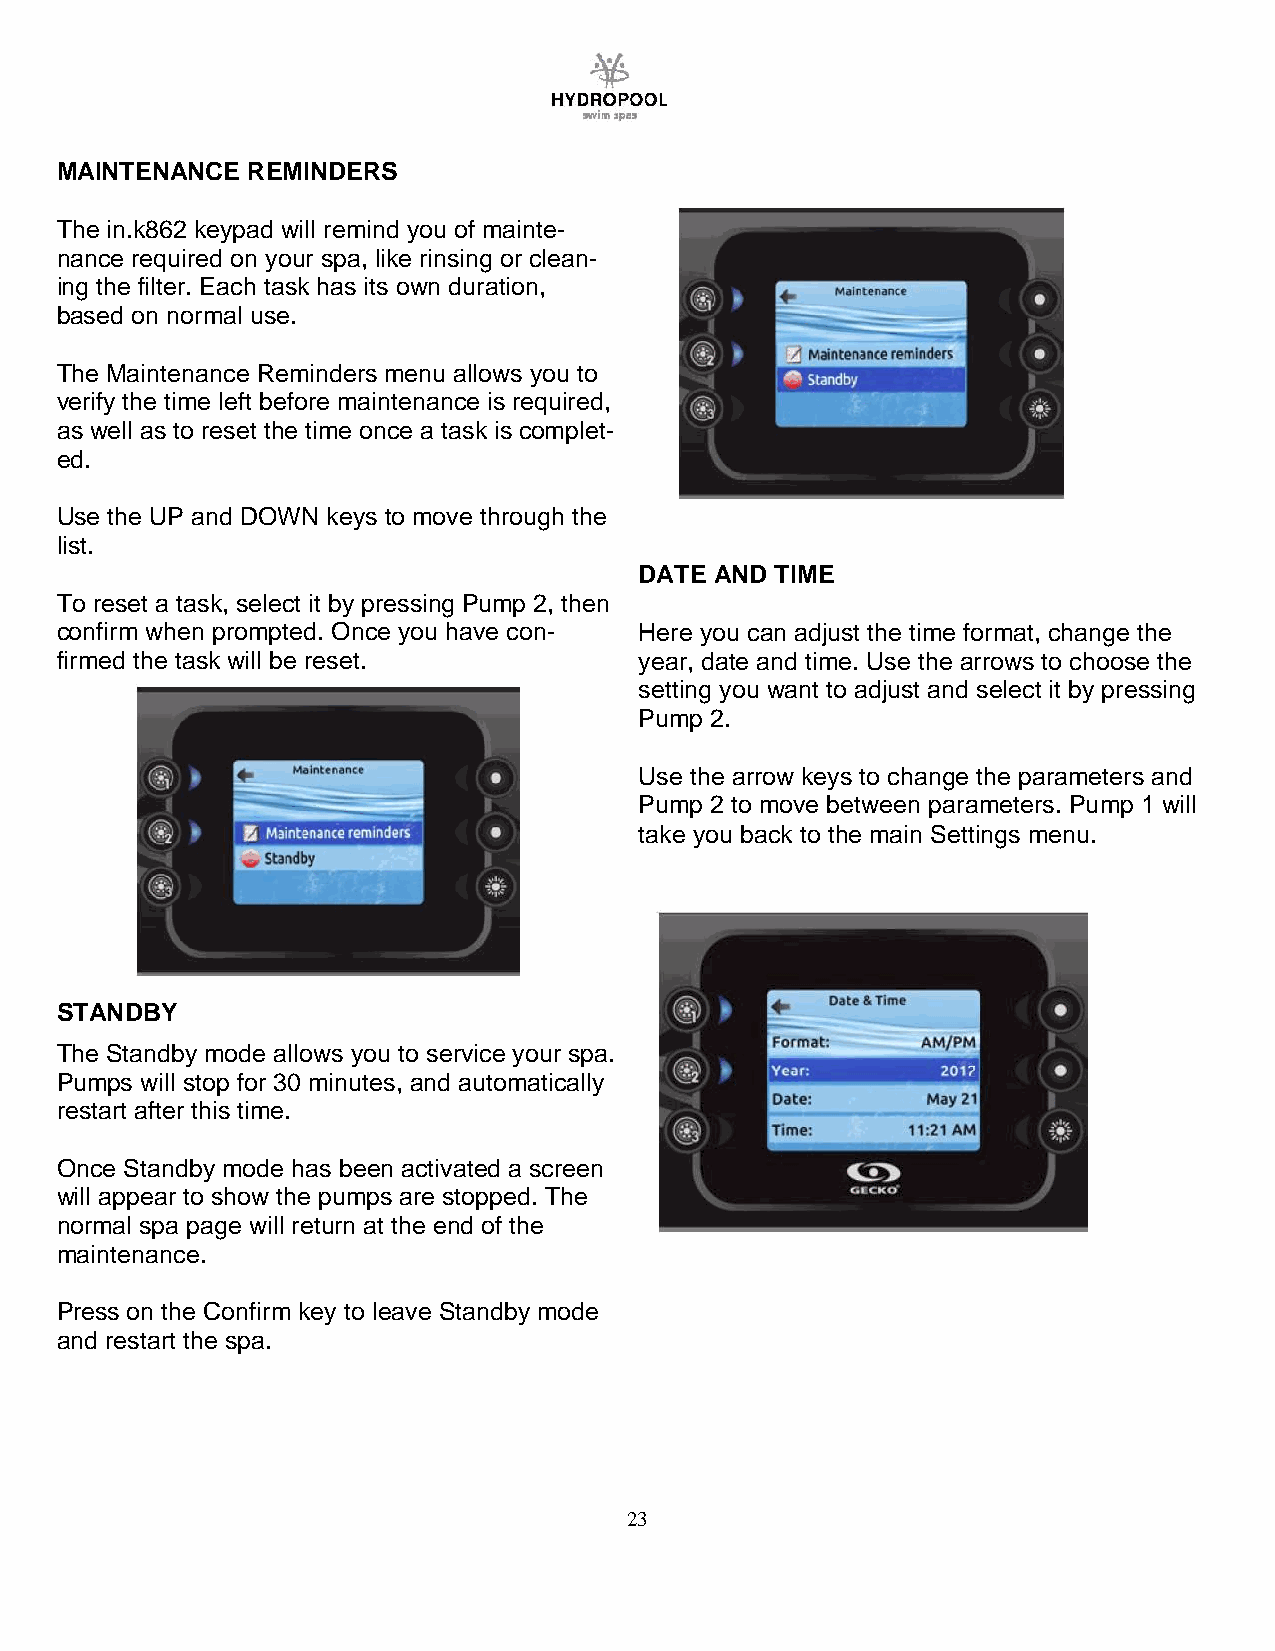
MAINTENANCE REMINDERS
 The in.k862 keypad will remind you of mainte-
 nance required on your spa, like rinsing or clean-
 ing the filter. Each task has its own duration,
 based on normal use.
 The Maintenance Reminders menu allows you to
 verify the time left before maintenance is required,
 as well as to reset the time once a task is complet-
 ed.
 Use the UP and DOWN keys to move through the
 list.
 DATE AND TIME
 To reset a task, select it by pressing Pump 2, then
 confirm when prompted. Once you have con- Here you can adjust the time format, change the
 firmed the task will be reset.        year, date and time. Use the arrows to choose the
 setting you want to adjust and select it by pressing
 Pump 2.
 Use the arrow keys to change the parameters and
 Pump 2 to move between parameters. Pump 1 will
 take you back to the main Settings menu.
 STANDBY
 The Standby mode allows you to service your spa.
 Pumps will stop for 30 minutes, and automatically
 restart after this time.
 Once Standby mode has been activated a screen
 will appear to show the pumps are stopped. The
 normal spa page will return at the end of the
 maintenance.
 Press on the Confirm key to leave Standby mode
 and restart the spa.
 23